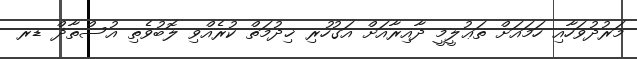
މަރުދުވަހާއި ހަމައަށް ތަޢުލީމީ ދާއިރާއަށް އަގުހުރި ޚިދުމަތް ކުރެއްވި ލޮބުވެތި އުސްތާޛް ޑރ